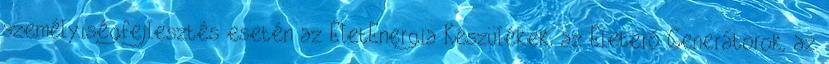
személyiségfejlesztés esetén az ÉletEnergia Készülékek, az Életerő Generátorok, az